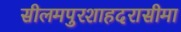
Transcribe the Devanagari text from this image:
सीलमपुरशाहदरासीमा